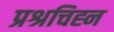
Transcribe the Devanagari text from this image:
प्रश्रचिह्न